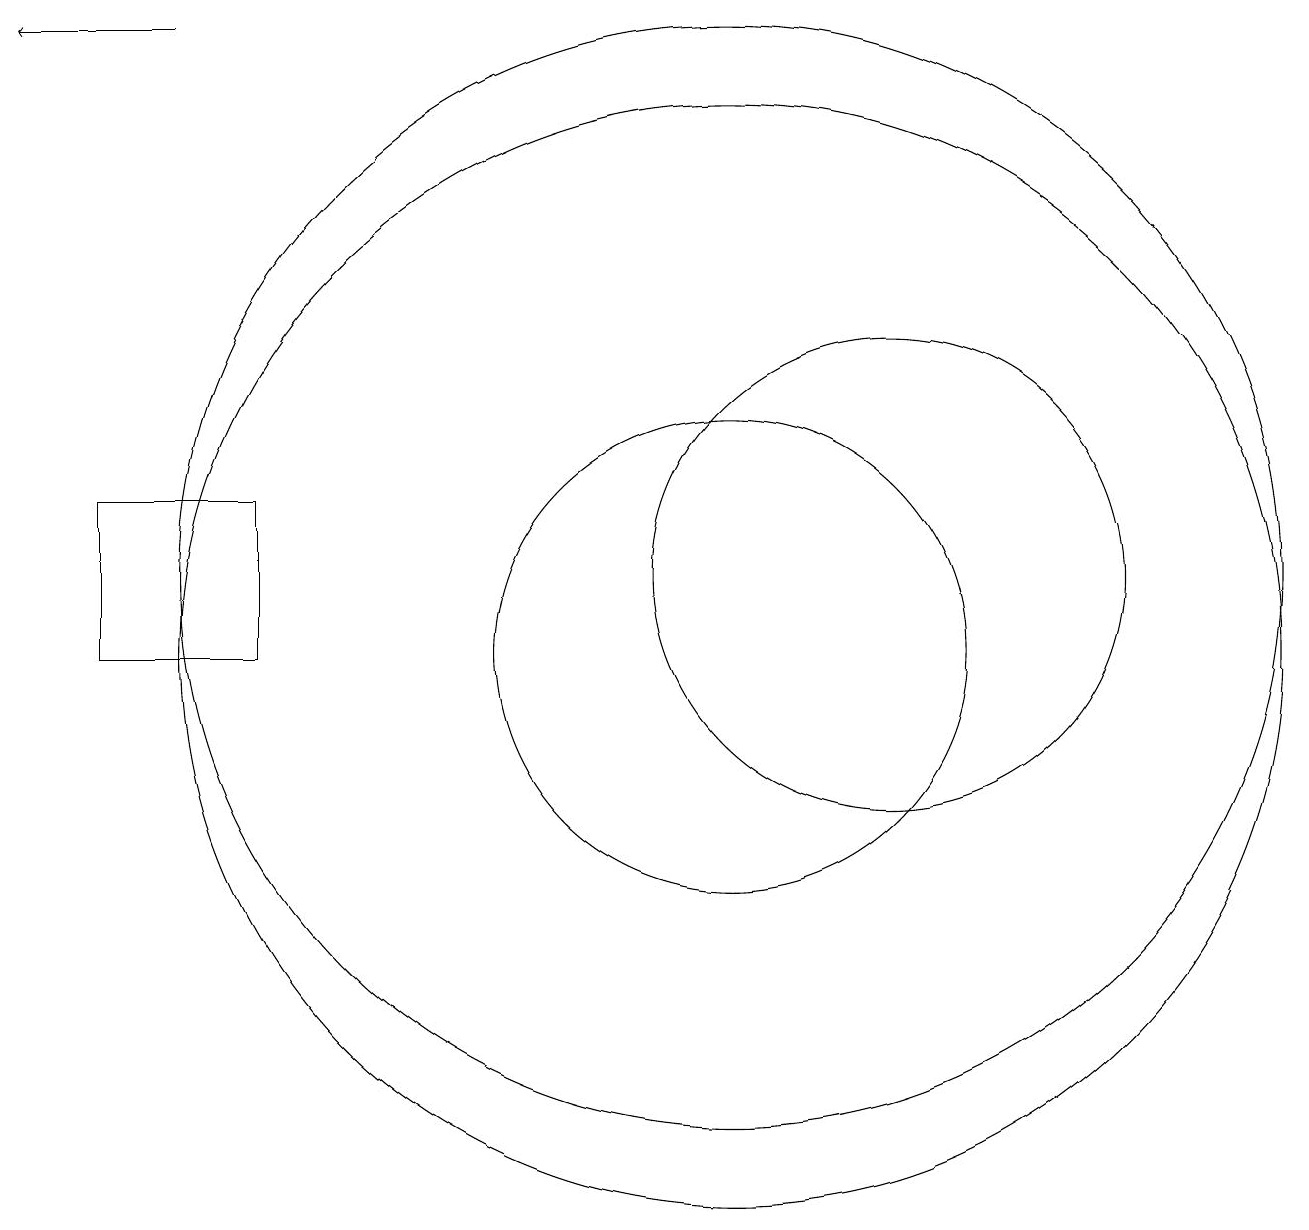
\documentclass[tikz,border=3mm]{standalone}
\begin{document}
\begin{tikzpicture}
\draw (10,10) circle (3);
\draw (10,10) circle (7);
\draw (12,11) circle (3);
\draw (10,11) circle (7);
\draw[->] (3,18) -- (1,18);
\draw (4,12) rectangle (2,10);
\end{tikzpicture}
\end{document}